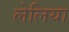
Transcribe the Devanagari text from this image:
लेलिया